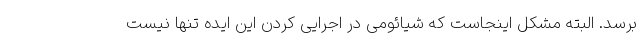
برسد. البته مشکل اینجاست که شیائومی در اجرایی کردن این ایده تنها نیست